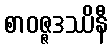
စာဝဇ္ဇဒဿိနီ